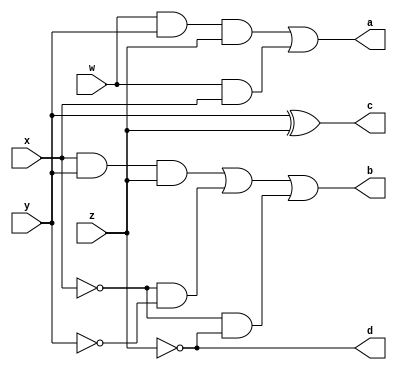
// https://qr.ae/pvb7i9
module EX3_To_BCD (w,x,y,z,a,b,c,d);
    input w,x,y,z;
    output a,b,c,d;
    wire a,b,c,d;

    assign a = (w & y & z) | (w & x);
    assign b = (x & y & z) | (~x & ~y) | (~x & ~z);
    assign c = y ^ z;
    assign d = ~z;

endmodule

module main;
    reg w,x,y,z;
    wire a,b,c,d;
    EX3_To_BCD ex(w,x,y,z,a,b,c,d);
    initial 
    begin
        $monitor("EX3 = %b%b%b%b \t BCD = %b%b%b%b",w,x,y,z,a,b,c,d);
        #0 w = 0; x = 0; y = 1; z = 1;
        #1 w = 0; x = 1; y = 0; z = 0;
        #2 w = 0; x = 1; y = 0; z = 1;
        #3 w = 0; x = 1; y = 1; z = 0;
        #4 w = 0; x = 1; y = 1; z = 1;
        #5 w = 1; x = 0; y = 0; z = 0;
        #6 w = 1; x = 0; y = 0; z = 1;
        #7 w = 1; x = 0; y = 1; z = 0;
        #8 w = 1; x = 0; y = 1; z = 1;
        #9 w = 1; x = 1; y = 0; z = 0;
    end
endmodule